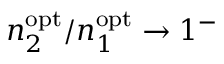
n _ { 2 } ^ { \mathrm { o p t } } / n _ { 1 } ^ { \mathrm { o p t } } \to 1 ^ { - }